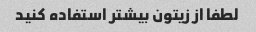
لطفا از زیتون بیشتر استفاده کنید